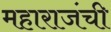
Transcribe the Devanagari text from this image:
महाराजंची